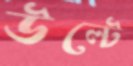
উল্টে